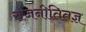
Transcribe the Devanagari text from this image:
राजनीतितज्ञ